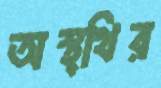
অস্থ্থির